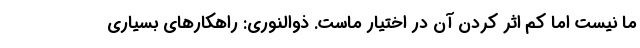
ما نیست اما کم اثر کردن آن در اختیار ماست. ذوالنوری: راهکارهای بسیاری